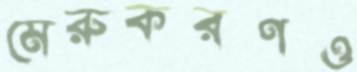
মেরুকরণও